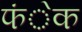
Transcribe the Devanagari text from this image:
फंेक